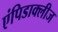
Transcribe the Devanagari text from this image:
एंपिडाक्लीज